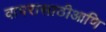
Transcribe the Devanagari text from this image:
वापरासाठीआणि